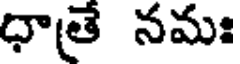
ధాత నమః